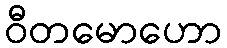
ဝီတမောဟော